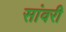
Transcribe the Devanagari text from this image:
सांवरी